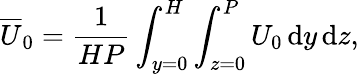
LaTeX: \overline{{U}}_{0}=\frac{1}{HP}\int_{y=0}^{H}\int_{z=0}^{P}U_{0}\, \mathrm{d}y\, \mathrm{d}z,